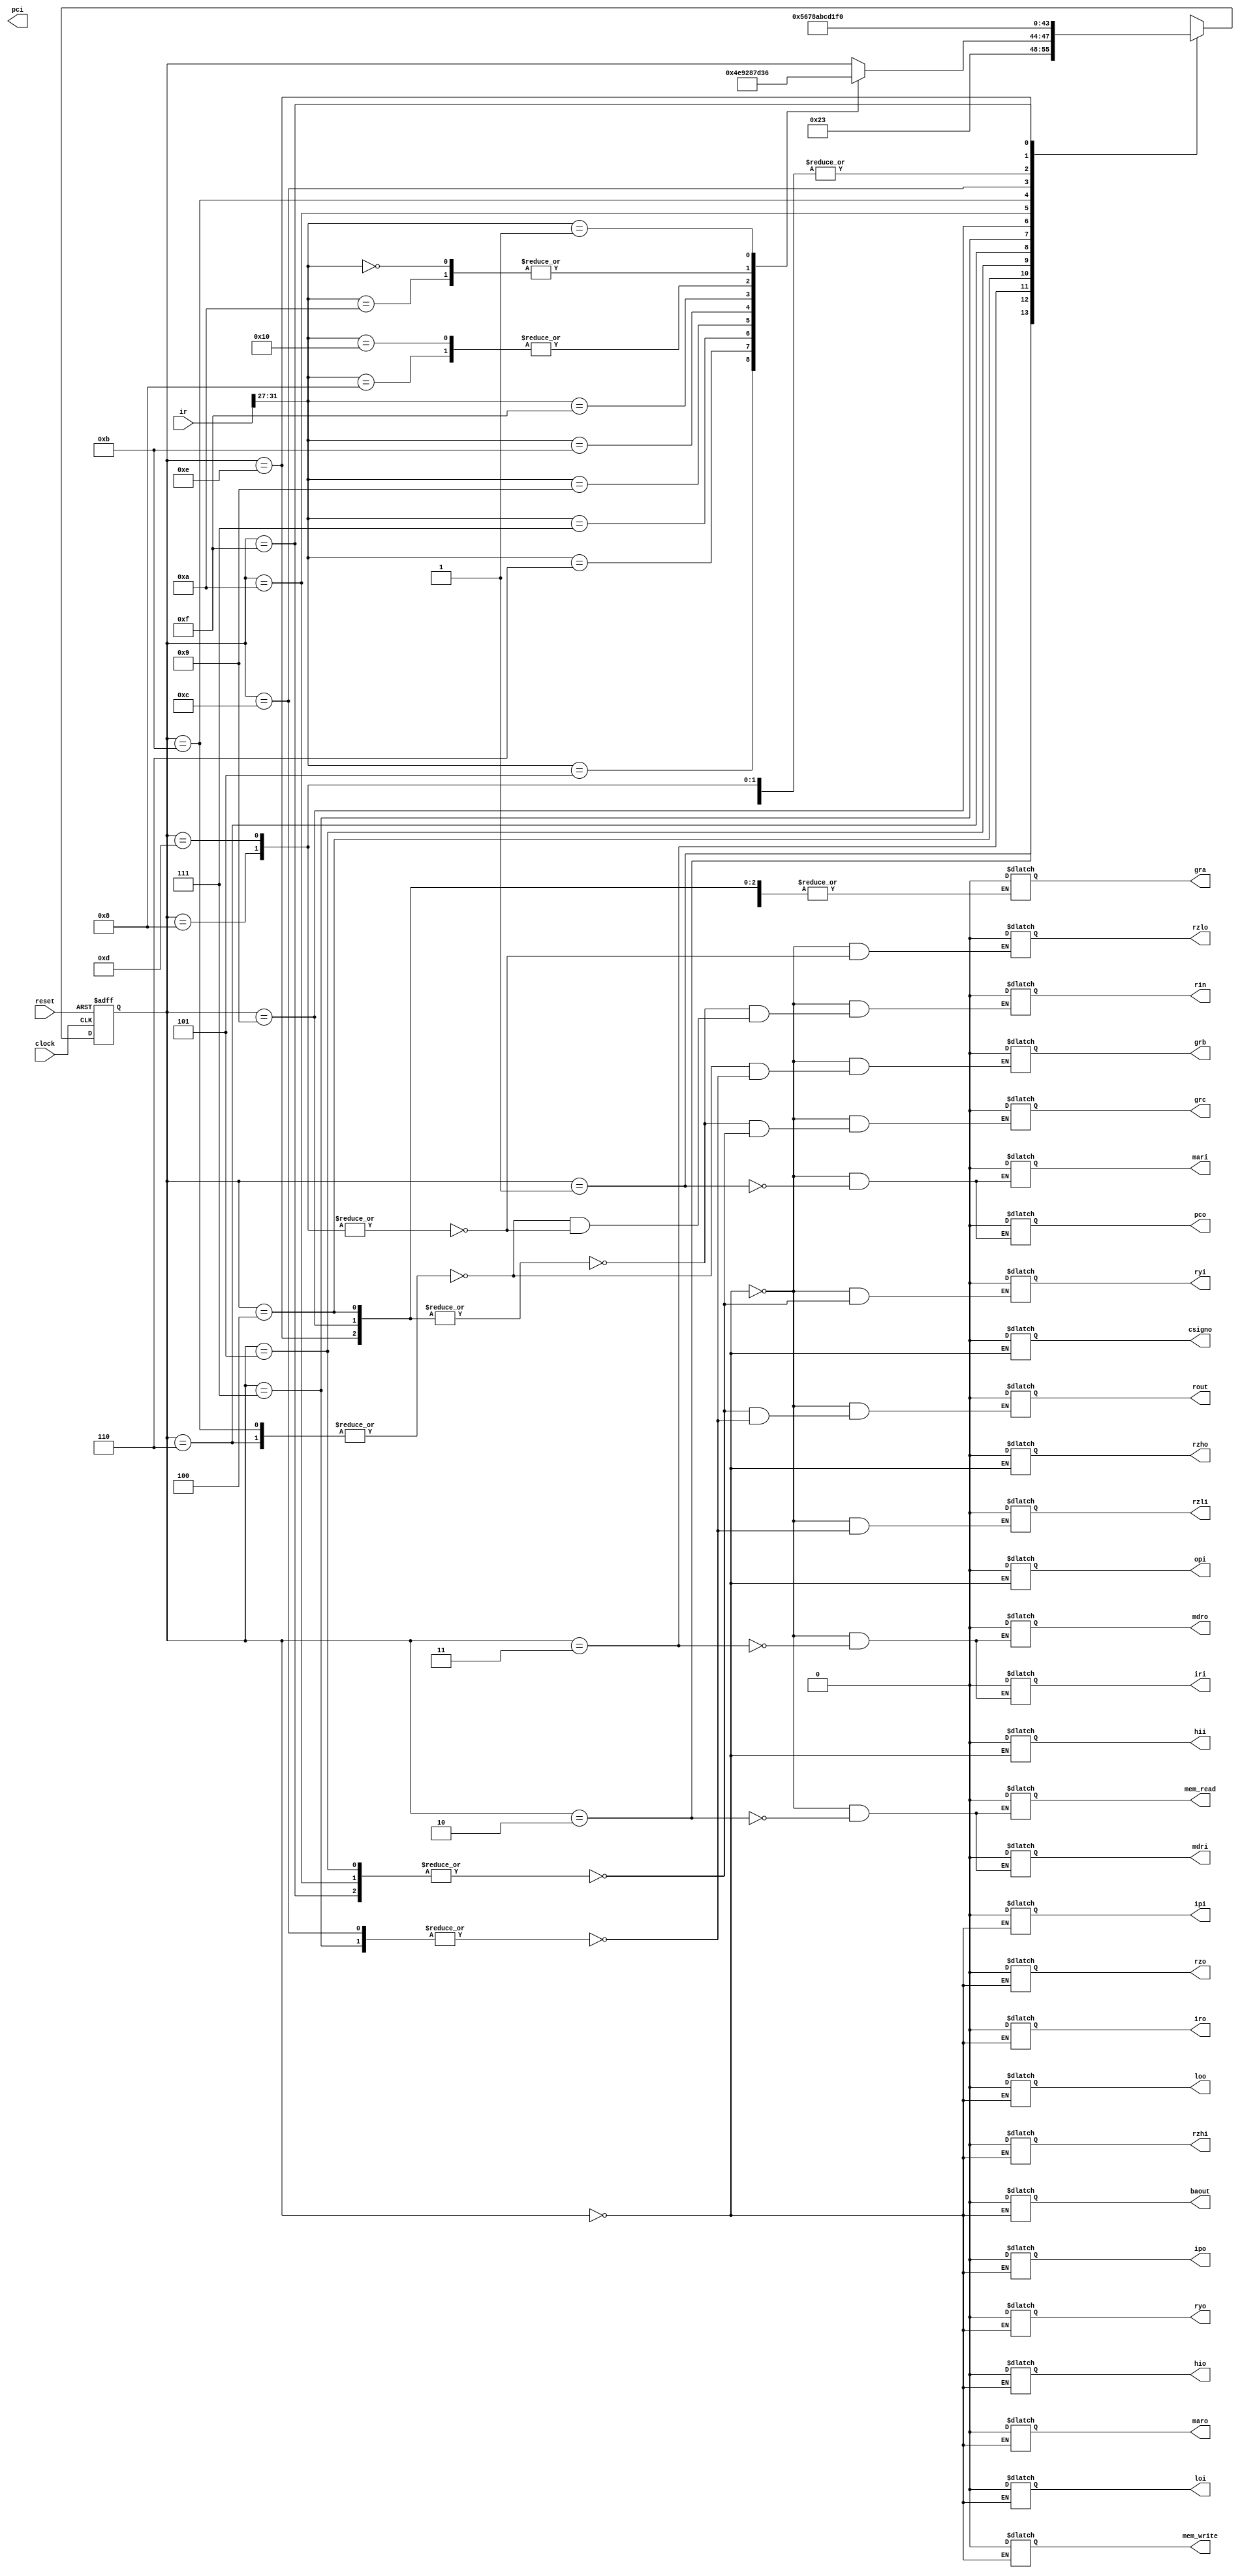
module control(
    input clock, reset, 
    input [31:0] ir,

    // control signals required
    output reg pci, pco,
	 output reg iri, iro,
    output reg mari, maro,
	 output reg mdri, mdro,
	 output reg mem_read, mem_write,
	 output reg opi, ipi, ipo,
	 output reg hii, hio, loi, loo,
	 output reg ryi, ryo,
	 output reg rzhi, rzli, rzho, rzlo, rzo,
	 output reg gra, grb, grc, rin, rout, baout,
	 output reg csigno
);

    parameter   reset_state = 8'b00000000,
                fetch0 = 8'b00000001,
					 fetch1 = 8'b00000010,
					 fetch2 = 8'b00000011,

					 shr3 = 8'b00000100,
					 shr4 = 8'b00000101,
					 shr5 = 8'b00000110,
					 shr6 = 8'b00000111,
					 shr7 = 8'b00001000,
					 
					 shl3 = 8'b00001001,
					 shl4 = 8'b00001010,
					 shl5 = 8'b00001011,
					 shl6 = 8'b00001100,
					 shl7 = 8'b00001101,
					 
					 shra3 = 8'b00001110,
					 shra4 = 8'b00001111,
					 shra5 = 8'b00010000,
					 shra6 = 8'b00010001,
					 shra7 = 8'b00010010,
					 
					 and3 = 8'b000010011,
					 and4 = 8'b000010100,
					 and5 = 8'b000010101,
					 and6 = 8'b000010110,
					 and7 = 8'b000010111,
					 
					 or3 = 8'b00011000,
					 or4 = 8'b00011001,
					 or5 = 8'b00011010,
					 or6 = 8'b00011011,
					 or7 = 8'b00011100,
					 
					 ror3 = 8'b00011101,
					 ror4 = 8'b00011110,
					 ror5 = 8'b00011111,
					 ror6 = 8'b00100000,
					 ror7 = 8'b00100001,
					 
					 rol3 = 8'b00100010,
					 rol4 = 8'b00100011,
					 rol5 = 8'b00100100,
					 rol6 = 8'b00100101,
					 rol7 = 8'b00100110,
					 
					 mul3 = 8'b00100111,
					 mul4 = 8'b00101000,
					 mul5 = 8'b00101001,
					 mul6 = 8'b00101010,
					 mul7 = 8'b00101011,
					 mul8 = 8'b00101100,
					 
					 div3 = 8'b00101101,
					 div4 = 8'b00101110,
					 div5 = 8'b00101111,
					 div6 = 8'b00110000,
					 div7 = 8'b00110001,
					 div8 = 8'b00110010,
					
					 ld3 = 8'b00110011,
					 ld4 = 8'b00110100,
					 ld5 = 8'b00110101,
					 
					 ldi3 = 8'b00110110,
					 ldi4 = 8'b00110111;
					 // ESES not going to add mine yet
    
    reg [3:0] current_state = reset_state;

    always @(posedge clock, posedge reset) begin
        if(reset == 1'b1) current_state = reset_state;
        else case (current_state)
            reset_state:    current_state  = fetch0;
            fetch0:   current_state  = fetch1;
				fetch1:	 current_state = fetch2;
				fetch2:   begin
			                       case(ir[31:27])
										      5'b00101: current_state = shr3;
												5'b00110: current_state = shra3;
												5'b00111: current_state = shl3;
												5'b01000: current_state = ror3;
												5'b01001: current_state = rol3;
												5'b01010: current_state = and3;
												5'b01011: current_state = or3;
												5'b01111: current_state = mul3;
												5'b10000: current_state = div3;
												//5'b01100: current_state = addi3;
												5'b00000: current_state = ld3;
												5'b00001: current_state= ldi3;

										  endcase
								    end
				shr3:           current_state = shr4;
				shr4:           current_state = shr5;
				shr5:           current_state = shr6;
				shr6:           current_state = shr7;
				shr7:           current_state = fetch0;
				
				shl3:           current_state = shl4;
				shl4:           current_state = shl5;
				shl5:           current_state = shl6;
				shl6:           current_state = shl7;
				shl7:           current_state = fetch0;
				
				shra3:          current_state = shra4;
				shra4:          current_state = shra5;
				shra5:          current_state = shra6;
				shra6:          current_state = shra7;
				shra7:          current_state=  fetch0;
				
				ror3:           current_state = ror4;
				ror4:           current_state = ror5;
				ror5:           current_state = ror6;
				ror6:           current_state = ror7;
				ror7:           current_state = fetch0;
				
				rol3:           current_state = rol4;
				rol4:           current_state = rol5;
				rol5:           current_state = rol6;
				rol6:           current_state = rol7;
				rol7:           current_state = fetch0;
				
				mul3:           current_state = mul4;
				mul4:           current_state = mul5;
				mul5:           current_state = mul6;
				mul6:           current_state = mul7;
				mul7:           current_state = mul8;
				mul8:           current_state = fetch0;
				
				div3:           current_state = div4;
				div4:           current_state = div5;
				div5:           current_state = div6;
				div6:           current_state = div7;
				div7:           current_state = div8;
				div8:           current_state = fetch0;
				
				//addi3:           current_state = addi4;
				//addi4:           current_state = addi5;
				//addi5:           current_state = addi6;
				//addi6:           current_state = fetch0;
				
				ld3:           current_state = ld4;
				ld4:           current_state = ld5;
				ld5:           current_state = fetch0;
				
				ldi3:           current_state = ldi4;
				ldi4:           current_state = fetch0;
				

        endcase
    end    

    always @(current_state) begin
        case(current_state)
            reset_state: begin
                pco <= 0;
					 iri <= 0;
		          iro <= 0;

		          mari <= 0;
		          mdri <= 0;

		          maro <= 0;
		          mdro <= 0;
		
		          opi <= 0;
		          ipi <= 0;
		          ipo <= 0;

		          mem_read <= 0;
		          mem_write <= 0;
		
		          hii <= 0;
		          hio <= 0;
	             loi <= 0;
		          loo <= 0;

		          ryi <= 0;
		          ryo <= 0;
		
		          rzhi <= 0;
	             rzli <= 0;
		          rzho <= 0;
	             rzlo <= 0;
		          rzo <= 0;
		
		          csigno <= 0;
		
		          gra <= 0;
		          grb <= 0;
		          grc <= 0;
		          rin <= 0;
		          rout <= 0;
		          baout <= 0;
            end 
            fetch0: begin
                #10 pco <= 1; mari <= 1;
                #10 pco <= 0; mari <= 0;
            end
				fetch1: begin
				    #10 mem_read <= 1; mdri <= 1;
					 #10 mem_read <= 0; mdri <= 0;
				end
				fetch2: begin
				    #10 mdro <= 1; iri <= 1;
					 #10 mdro <= 0; iri <= 0;
				end
//---------------- BRANCH ----------------------------------------
//            br3: begin
//                #10 gra <= 1; rout <= 1; con_in <= 1;
//                #10 gra <= 0; rout <= 0; con_in <= 0;
//            end
//            br4: begin
//                #10 pco <= 1; ryi <= 1;
//                #10 pco <= 0; ryi <= 0;
//            end
//            br5: begin
//                #10 csigno <= 1; op_select <= 5'b00011; rzi <= 1;
//                #10 csigno <= 0; op_select <= 5'b00011; rzi <= 0;
//            end
//---------------- AND, OR, SHR, SHL, SHRA, ROR, ROL --------------
				and3, or3, shr3, shl3, shra3, ror3, rol3: begin
				    #10 grc <= 1; rin <= 1;
				    #10 grc <= 0; rin <= 0;
				end
				and4, or4, shr4, shl4, shra4, ror4, rol4: begin
				    #10 grc <= 1; rout <= 1; ryi <= 1;
				    #10 grc <= 0; rout <= 0; ryi <= 0;
				end
				and5, or5, shr5, shl5, shra5, ror5, rol5: begin
				    #10 grb <= 1; rin <= 1; 
				    #10 grb <= 0; rin <= 0;
				end
				and6, or6, shr6, shl6, shra6, ror6, rol6: begin
				    #10 grb <= 1; rout <= 1; rzli <= 1;
				    #10 grb <= 0; rout <= 0; rzli <= 0;
				end
				and7, or7, shr7, shl7, shra7, ror7, rol7: begin
				    #10 rzlo <= 1; rin <= 1; gra = 1;
				    #10 rzlo <= 0; rin <= 0; gra = 0;
				end
//--------------------DIV, MUL ------------------------------------
				div3, mul3: begin
				    #10 gra <= 1; rin <= 1;
					 #10 gra <= 0; rin <= 0;
				end
				div4, mul4: begin
				    #10 grb <= 1; rin <= 1;
					 #10 grb <= 0; rin <= 0;
				end
				div5, mul5: begin
				    #10 gra <= 1; rout <= 1; ryi <= 1;
				    #10 gra <= 0; rout <= 0; ryi <= 0;
				end
				div6, mul6: begin
				    #10 grb <= 1; rout <= 1; rzli <= 1; rzhi <= 1; // ESES does this work??
				    #10 grb <= 0; rout <= 0; rzli <= 0; rzhi <= 0;
				end
				div7, mul7: begin
				    #10 rzlo <= 1; loi <= 1;
					 #10 rzlo <= 0; loi <= 0;
				end
				div8, mul8: begin
				    #10 rzho <= 1; hii <= 1;
					 #10 rzho <= 0; hii <= 0;
				end
//-------------------- LOAD ----------------------------------------
				ld3: begin
				    #10 csigno <= 1; mari <= 1;
				    #10 csigno <= 0; mari <= 0;
				end
				ld4: begin
				    #10 mem_read <= 1; mdri <= 1;
		          #10 mem_read <= 0; mdri <= 0;
				end
				ld5: begin
				    #10 mdro <= 1; gra <= 1; rin <= 1;
		          #10 mdro <= 0; gra <= 0; rin <= 0;
				end
////-------------------- LOAD IMM-------------------------------------
				ldi3: begin
				    #10 mdri <= 1; csigno <= 1;
				    #10 mdri <= 0; csigno <= 0;
				end
				ldi4: begin
				    #10 mdro <= 1; gra <= 1; rin <= 1;
				    #10 mdro <= 0; gra <= 0; rin <= 0;
				end
////-------------------- STORE ---------------------------------------
//				st3: begin
//				    #10 gra <= 1; rin <= 1;
//				    #10 gra <= 0; rin <= 0;
//				end
//				st4: begin
//				    #10 gra <= 1; rout <= 1;
//				    #10 gra <= 0; rout <= 0;
//				end
//				st5: begin
//				    #10 mem_read <= 0; mdri <= 1;
//				    #10 mdri <= 0;
//				end
//				st6: begin
//				    #10 csigno <= 1; mari <= 1;
//				    #10 csigno <= 0; mari <= 0;
//				end
//				st7: begin
//				    #10 mem_write <= 1;
//					 #10 mem_write <= 0;
//				end
////-------------------- STORE INDEX ---------------------------------------
//				stind3: begin
//				    #10 grb <= 1; rin <= 1; 
//				    #10 grb <= 0; rin <= 0;
//				end
//				stind4: begin
//				    #10 gra <= 1; rin <= 1; 
//				    #10 gra <= 0; rin <= 0;
//				end
//				stind5: begin
//				    #10 grb <= 1; rout <= 1; ryi <= 1;
//				    #10 grb <= 0; rout <= 0; ryi <= 0;
//				end
//				stind6: begin
//				    #10 csigno <= 1; rzli <= 1;
//				    #10 csigno <= 0; rzli <= 0;
//				end
//				stind7: begin
//				    #10 rzlo <= 1; mari <= 1;
//				    #10 rzlo <= 0; mari <= 0;
//				end
//				stind8: begin
//				    #10 gra <= 1; rout <= 1; mem_read <= 0; mdri <= 1;
//				    #10 gra <= 0; rout <= 0; mdri <= 0;
//				end
//				stind9: begin
//				    #10 mem_write <= 1;
//					 #10 mem_write <= 0;
//				end
				
        endcase
    end

endmodule